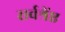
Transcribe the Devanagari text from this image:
सर्वश्रेंष्ठ